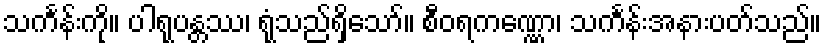
သင်္ကန်းကို။ ပါရုပန္တဿ၊ ရုံသည်ရှိသော်။ စီဝရကဏ္ဏော၊ သင်္ကန်းအနားပတ်သည်။